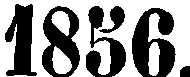
1856.